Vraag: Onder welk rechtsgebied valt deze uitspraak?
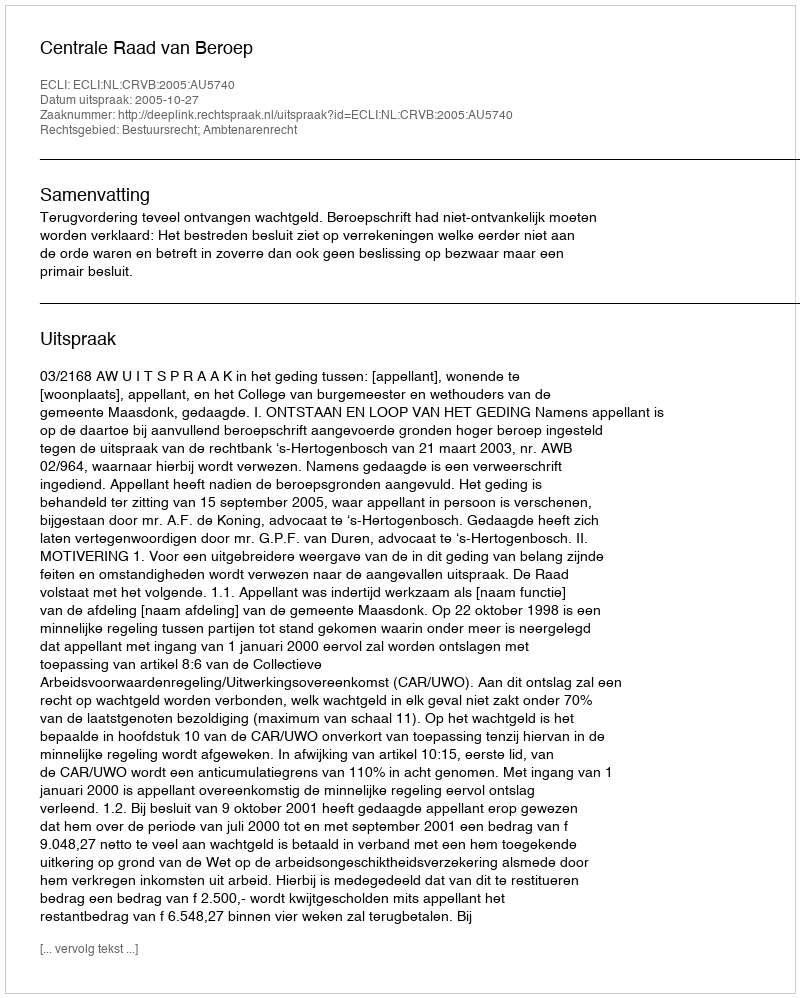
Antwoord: Bestuursrecht; Ambtenarenrecht